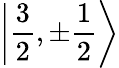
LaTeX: \left|{\frac{3}{2}},\pm{\frac{1}{2}}\right\rangle